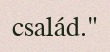
család."